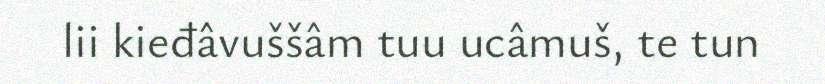
lii kieđâvuššâm tuu ucâmuš, te tun